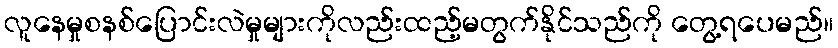
လူနေမှုစနစ်ပြောင်းလဲမှုများကိုလည်းထည့်မတွက်နိုင်သည်ကို တွေ့ရပေမည်။